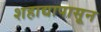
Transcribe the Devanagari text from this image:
शहाद्यापासून